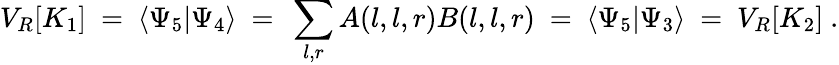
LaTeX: V_{R}[K_{1}]~=~\langle\Psi_{5}|\Psi_{4}\rangle~=~\sum_{l,r}A(l,l,r)B(l,l,r)~=~\langle\Psi_{5}|\Psi_{3}\rangle~=~V_{R}[K_{2}]~.